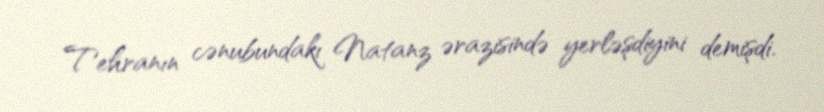
Tehranın cənubundakı Natanz ərazisində yerləşdiyini demişdi.